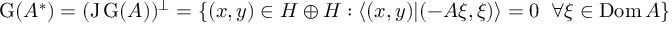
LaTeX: \operatorname { G } ( A ^ { * } ) = ( \operatorname { J } \operatorname { G } ( A ) ) ^ { \perp } = \{ ( x , y ) \in H \oplus H : \langle ( x , y ) | ( - A \xi , \xi ) \rangle = 0 \; \; \forall \xi \in \operatorname { D o m } A \}